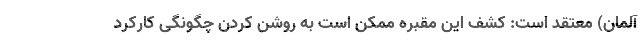
آلمان) معتقد است: کشف این مقبره ممکن است به روشن کردن چگونگی کارکرد